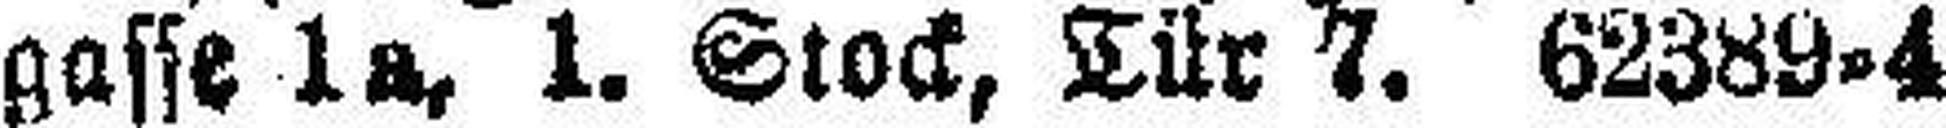
gasse 1a, 1. Stock, Tür 7. 62389-4